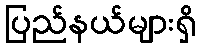
ပြည်နယ်များရှိ